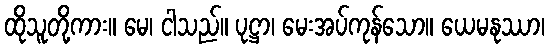
ထိုသူတို့ကား။ မေ၊ ငါသည်။ ပုဋ္ဌာ၊ မေးအပ်ကုန်သော။ ယေမနုဿာ၊